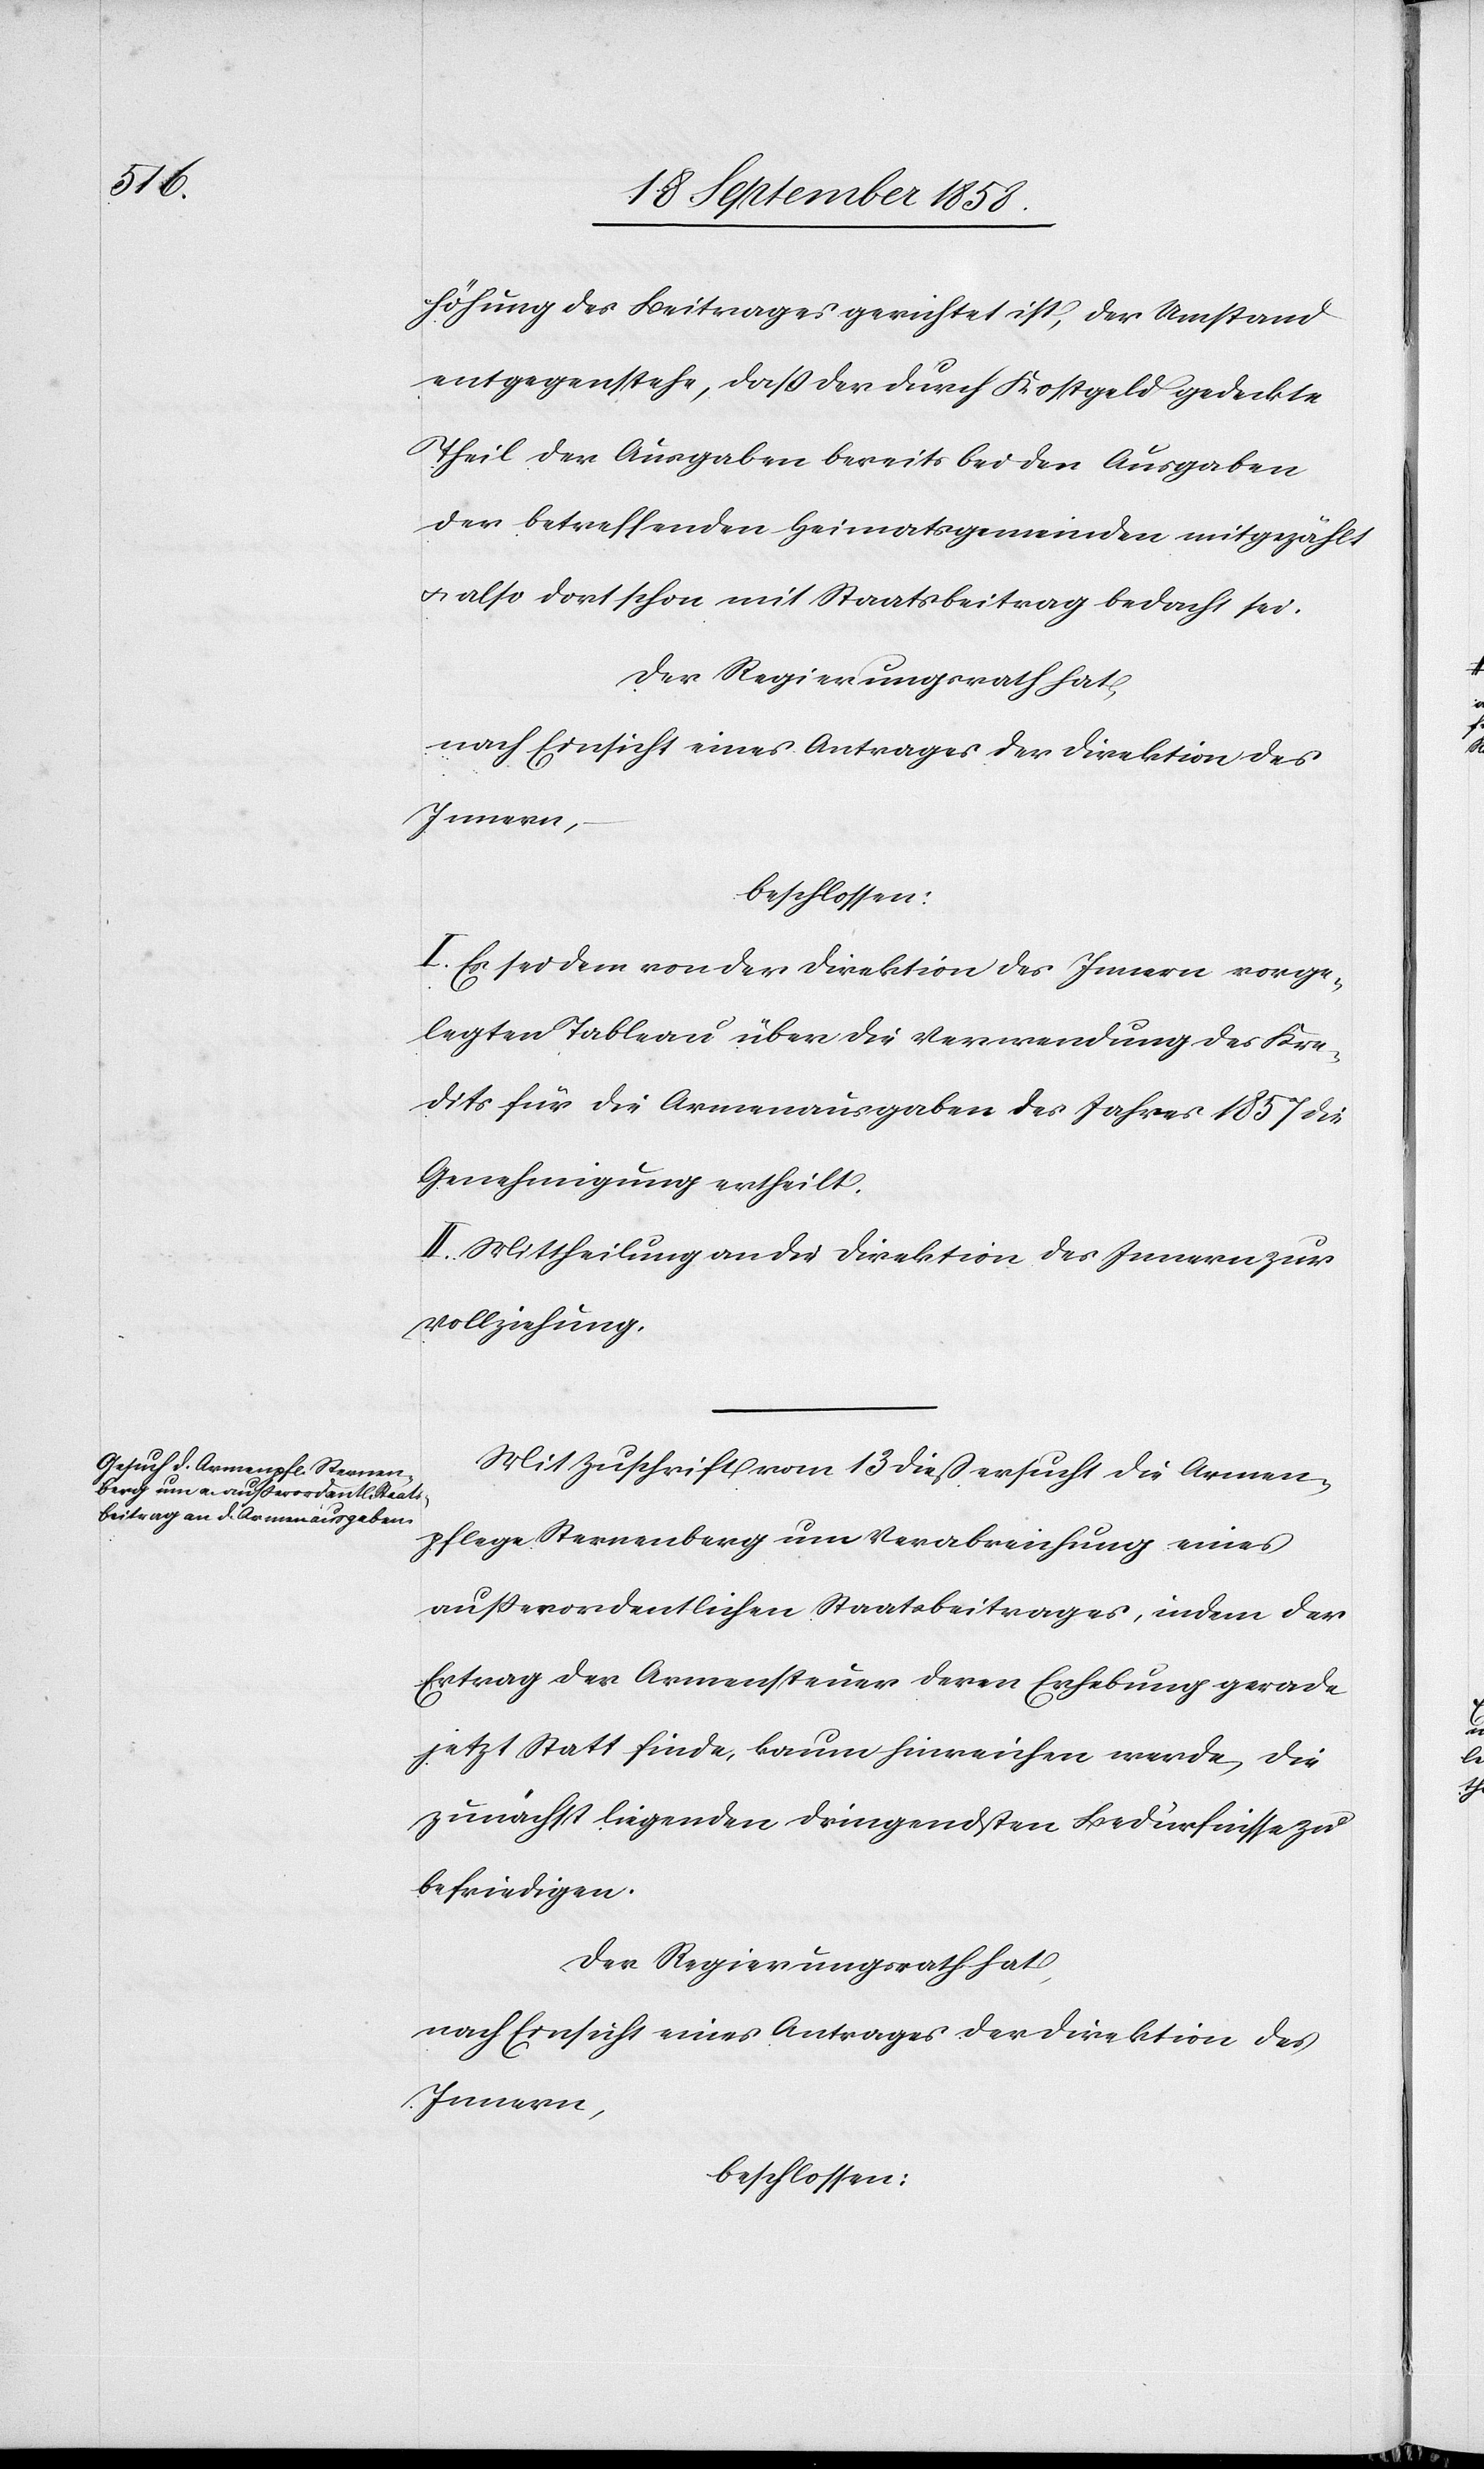
höhung des Beitrages gerichtet ist, der Umstand
entgegenstehe, dass der durch Kostgeld gedeckte
Theil der Ausgaben bereits bei den Ausgaben
der betreffenden Heimatsgemeinden mitgezählt
& also dort schon mit Staatsbeitrag bedacht sei.
Der Regierungsrath hat,
nach Einsicht eines Antrages der Direktion des
Innern,
beschlossen:
I. Es sei dem von der Direktion des Innern vorge¬
legten Tableau über die Verwendung des Kre¬
dits für die Armenausgaben des Jahres 1857 die
Genehmigung ertheilt.
II. Mittheilung an die Direktion des Innern zur
Vollziehung.
Mit Zuschrift vom 13 dieß ersucht die Armen¬
pflege Sternenberg um Verabreichung eines
außerordentlichen Staatsbeitrages, indem der
Ertrag der Armensteuer deren Erhebung gerade
jetzt Statt finde, kaum hinreichen werde, die
zunächst liegenden dringendsten Bedürfnisse zu
befriedigen.
Der Regierungsrath hat,
nach Einsicht eines Antrages der Direktion des
Innern,
beschlossen: